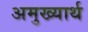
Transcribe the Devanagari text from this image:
अमुख्यार्थ